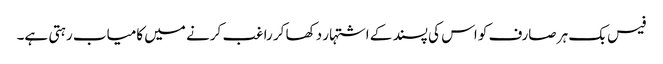
فیس بک ہر صارف کو اس کی پسند کے اشتہار دکھا کر راغب کرنے میں کامیاب رہتی ہے۔